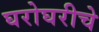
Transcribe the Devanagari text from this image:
घरोघरीचे